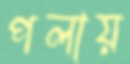
পলায়